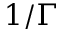
1 / \Gamma